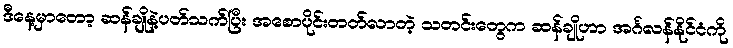
ဒီနေ့မှာတော့ ဆန်ချိုနဲ့ပတ်သက်ပြီး အစောပိုင်းတတ်လာတဲ့ သတင်းတွေက ဆန်ချိုဟာ အင်္ဂလန်နိုင်ငံကို